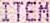
ITEM